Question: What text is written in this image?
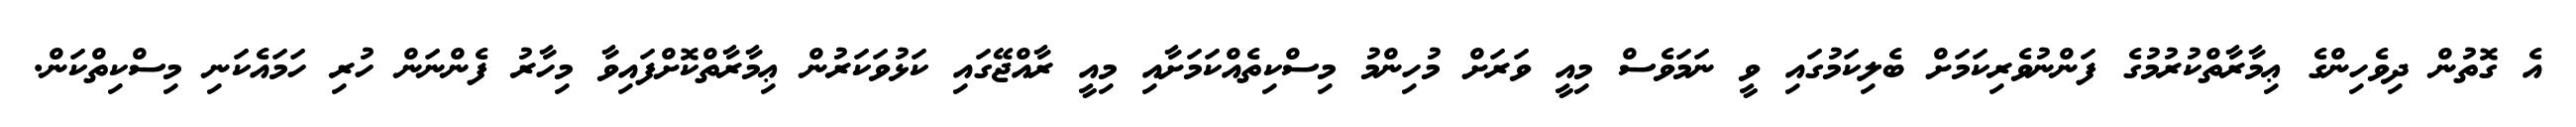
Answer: އެ ގޮތުން ދިވެހިންގެ ޢިމާރާތްކުރުމުގެ ފަންނުވެރިކަމަށް ބެލިކަމުގައި ވީ ނަމަވެސް މިއީ ވަރަށް މުހިންމު މިސްކިތެއްކަމަށާއި މިއީ ރާއްޖޭގައި ކަޅުވަކަރުން ޢިމާރާތްކޮށްފައިވާ މިހާރު ފެންނަން ހުރި ހަމައެކަނި މިސްކިތްކަން.